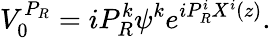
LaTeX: V_{0}^{P_{R}}=iP_{R}^{k}\psi^{k}e^{iP_{R}^{i}X^{i}(z)}.